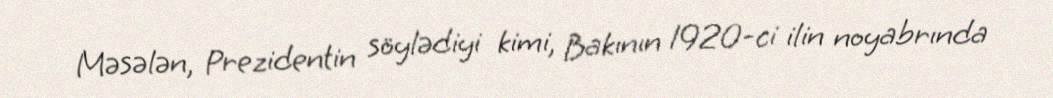
Məsələn, Prezidentin söylədiyi kimi, Bakının 1920-ci ilin noyabrında